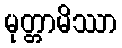
မုတ္တာမိဿာ